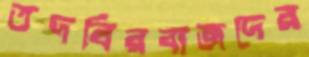
তদবিরবাজদের